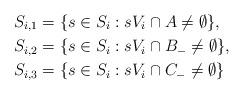
LaTeX: \begin{align*}S_{i,1} &= \{ s\in S_i : sV_i \cap A \neq\emptyset \} , \\S_{i,2} &= \{ s\in S_i : sV_i \cap B_- \neq\emptyset \} , \\S_{i,3} &= \{ s\in S_i : sV_i \cap C_- \neq\emptyset \}\end{align*}